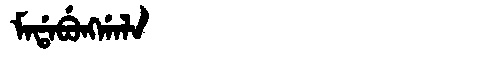
Manchu: ᠮᠠᡩᠠᠪᡠᠩᡤᠠᠯᠠ
Romanization: MADABUNGGALA